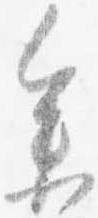
参